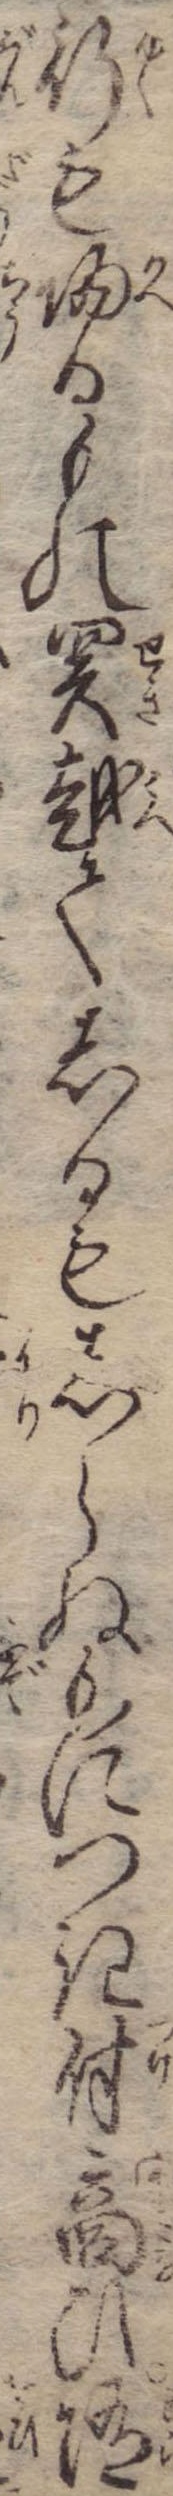
行も帰るもの関越てしるもしらぬもにつき付商ひ随